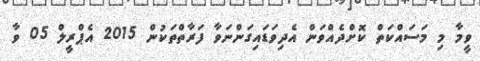
ވީމާ މި މަސައްކަތް ކޮށްދެއްވަން އެދިވަޑައިގަންނަވާ ފަރާތްތަކުން 2015 އެޕްރީލް 05 ވާ